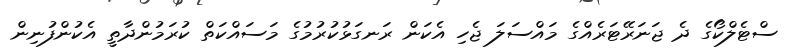
ސްޓެލްކޯގެ ދެ ޖަނަރޭޓަރެއްގެ މައްސަލަ ޖެހި އެކަން ރަނގަޅުކުރުމުގެ މަސައްކަތް ކުރަމުންދާތީ އެކުންފުނިން